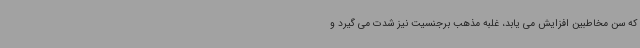
که سن مخاطبین افزایش می یابد، غلبه مذهب برجنسیت نیز شدت می گیرد و